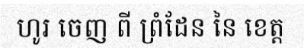
ហូរ ចេញ ពី ព្រំដែន នៃ ខេត្ត